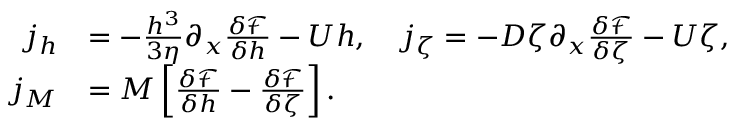
\begin{array} { r l } { j _ { h } } & { = - \frac { h ^ { 3 } } { 3 \eta } \partial _ { x } \frac { \delta \mathcal { F } } { \delta h } - U h , \quad j _ { \zeta } = - D \zeta \partial _ { x } \frac { \delta \mathcal { F } } { \delta \zeta } - U \zeta , } \\ { j _ { M } } & { = M \left[ \frac { \delta \mathcal { F } } { \delta h } - \frac { \delta \mathcal { F } } { \delta \zeta } \right] . } \end{array}